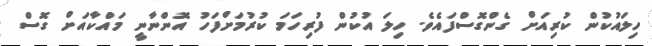
ހިލައުކުން ކުރިއަށް ގެންގޮސްފައެވެ. ހިލަ އުކުން ފުރިހަމަ ކުރުމަށްފަހު އޮންނާނީ މައްކާއަށް ގޮސް